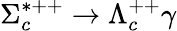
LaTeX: \Sigma_{c}^{*++}\to\Lambda_{c}^{++}\gamma